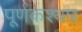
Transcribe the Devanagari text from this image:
पूर्णकश्यप